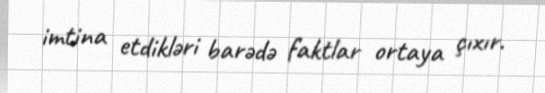
imtina etdikləri barədə faktlar ortaya çıxır.